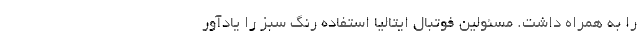
را به همراه داشت. مسئولین فوتبال ایتالیا استفاده رنگ سبز را یادآور